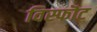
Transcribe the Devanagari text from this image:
विस्फॊट